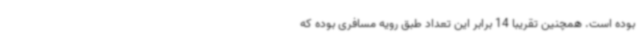
بوده است. همچنین تقریبا 14 برابر این تعداد طبق رویه مسافری بوده که